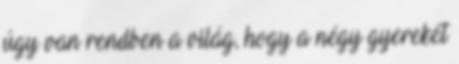
úgy van rendben a világ, hogy a négy gyerekét